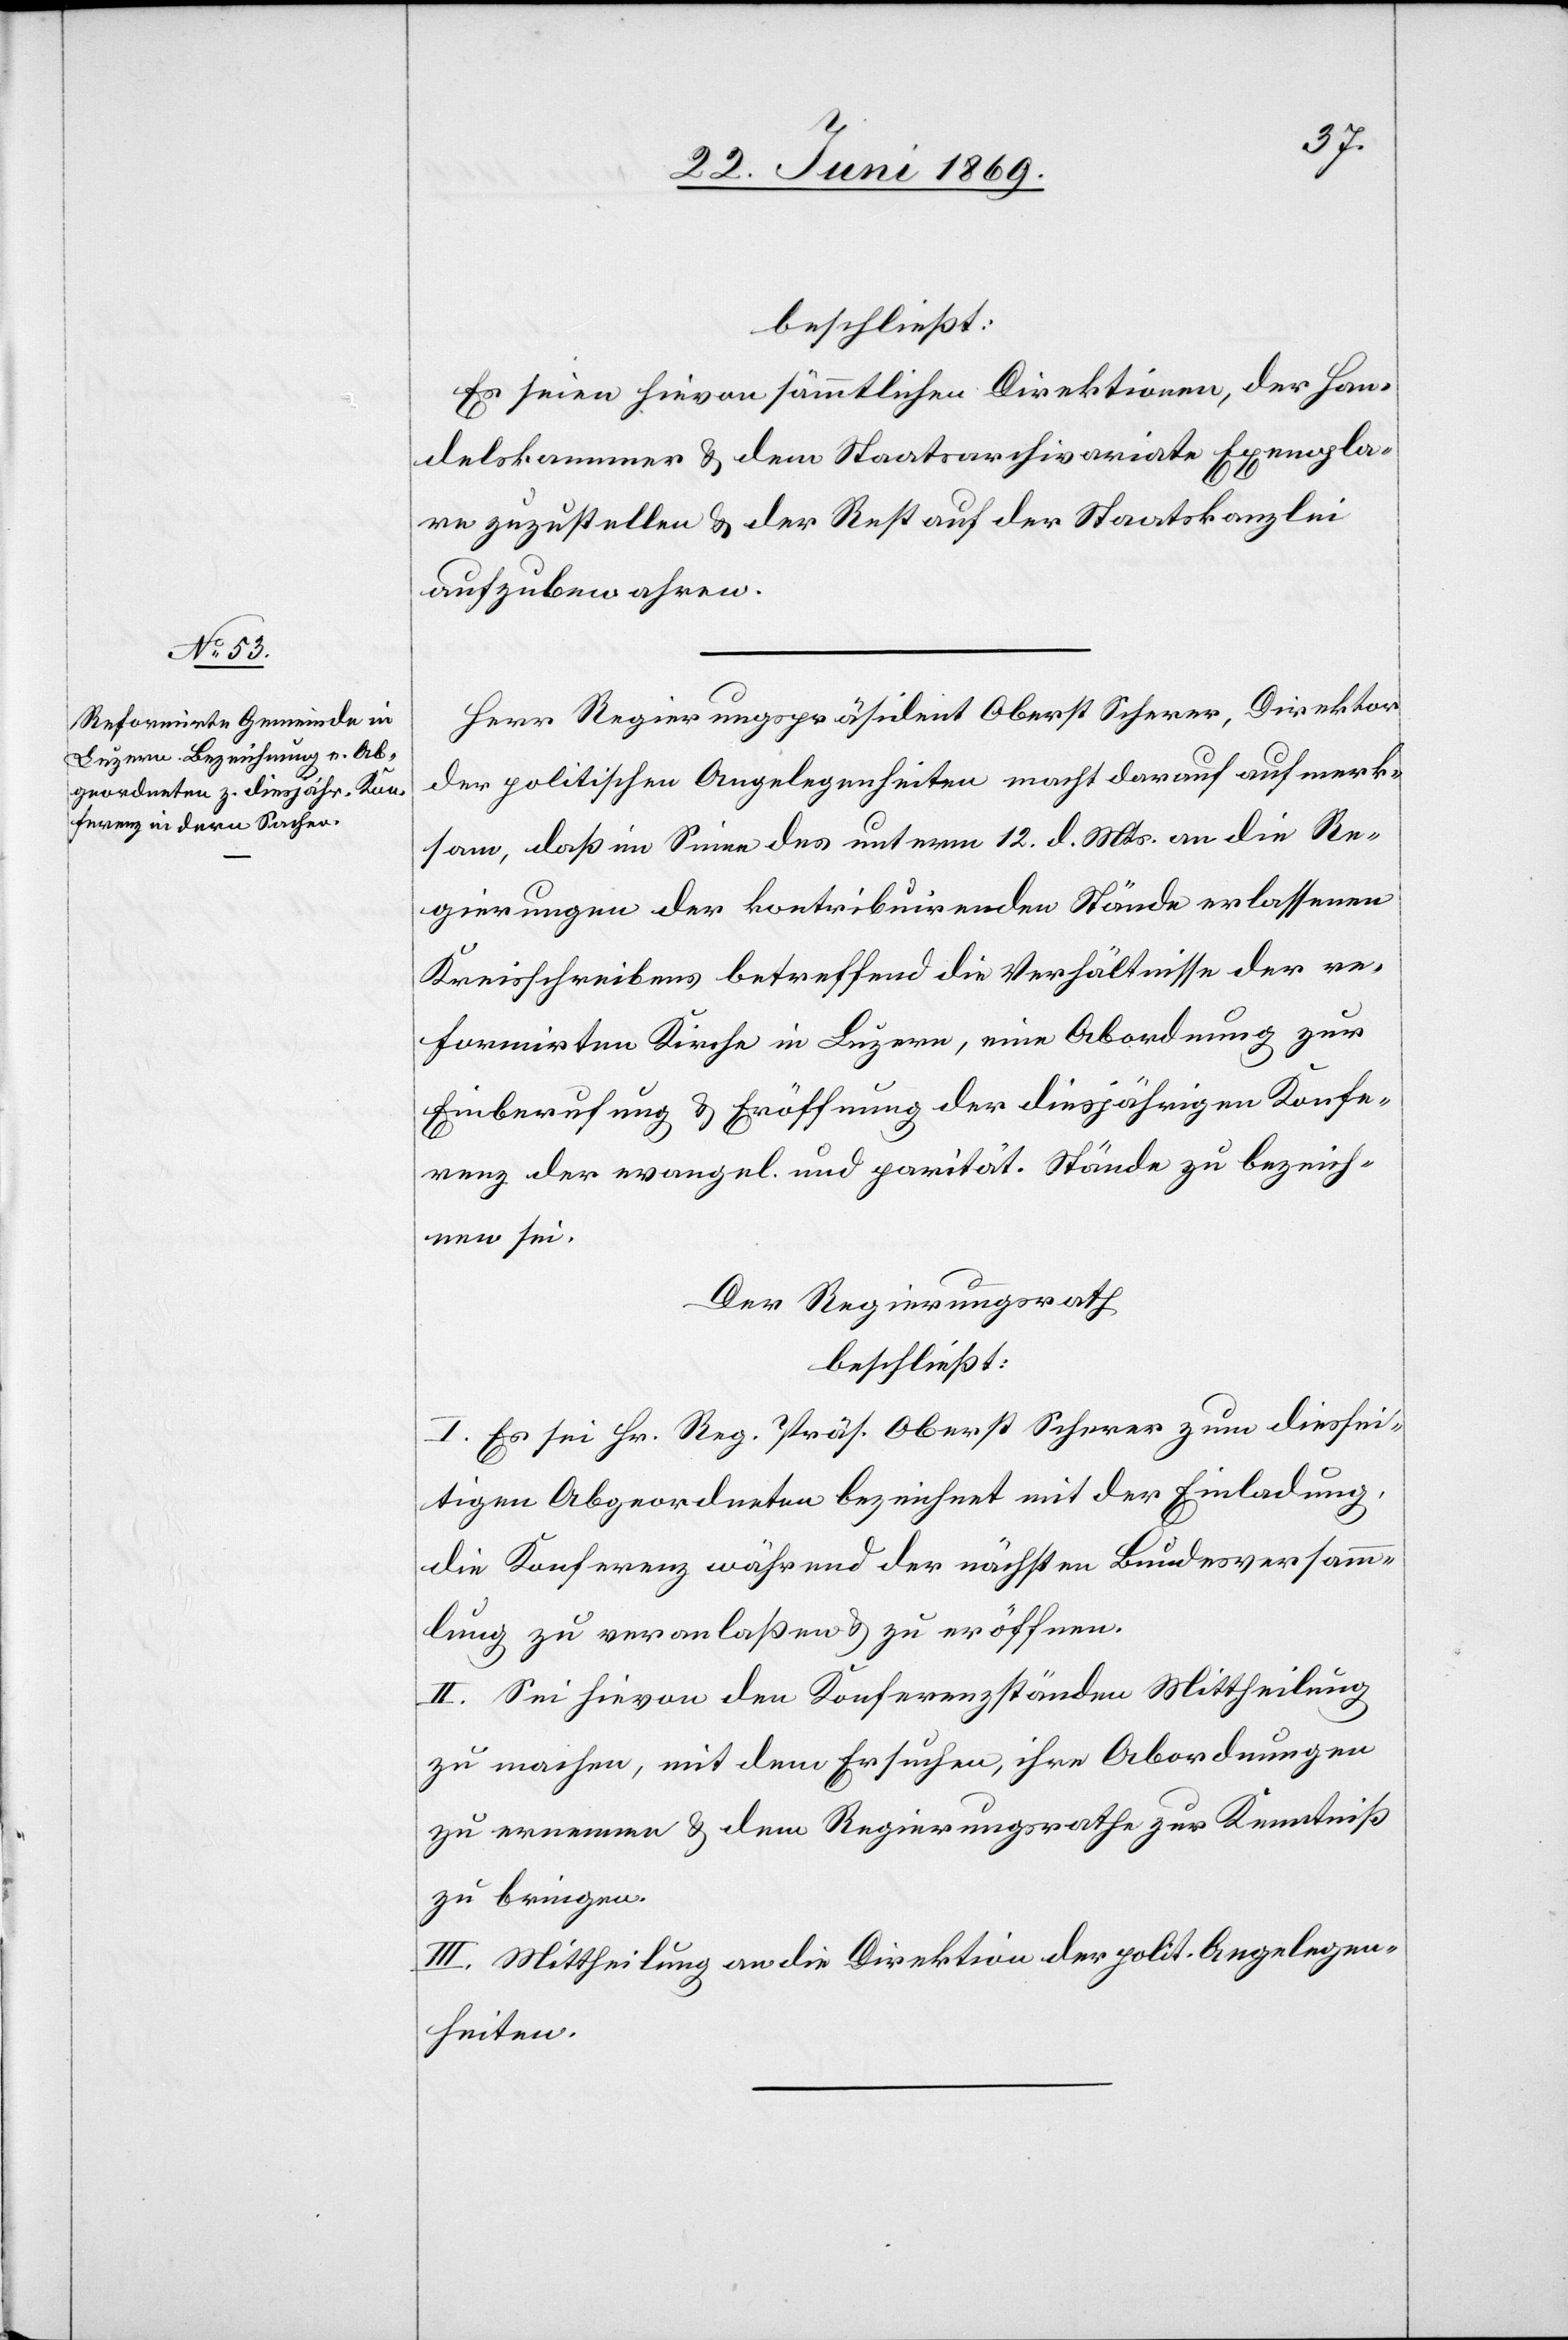
beschließt:
Es seien hievon sämmtlichen Direktionen, der Han¬
delskammer u. dem Staatsarchivariate Exempla¬
re zuzustellen u. der Rest auf der Staatskanzlei
aufzubewahren.
Herr Regierungspräsident Oberst Scherer, Direktor
der politischen Angelegenheiten macht darauf aufmerk¬
sam, daß im Sinne des unterm 12 d. Mts. an die Re¬
gierungen der kontribuirenden Stände erlassenen
Kreisschreibens betreffend die Verhältnisse der re¬
formirten Kirche in Luzern, eine Abordnung zur
Einberufung u. Eröffnung der diesjährigen Konfe¬
renz der evangel. und parität. Stände zu bezeich¬
nen sei.
Der Regierungsrath
beschließt:
I. Es sei Hr. Reg. Präs. Oberst Scherer zum diessei¬
tigen Abgeordneten bezeichnet mit der Einladung,
die Konferenz während der nächsten Bundesversamm¬
lung zu veranlaßen u. zu eröffnen.
II. Sei hievon den Konferenzständen Mittheilung
zu machen, mit dem Ersuchen, ihre Abordnungen
zu ernennen u. dem Regierungsrathe zur Kenntniß
zu bringen.
III. Mittheilung an die Direktion der polit. Angelegen¬
heiten.